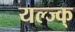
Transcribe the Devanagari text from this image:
यल्ज्क्